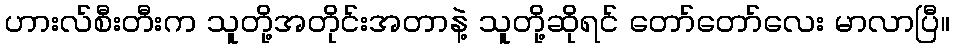
ဟားလ်စီးတီးက သူတို့အတိုင်းအတာနဲ့ သူတို့ဆိုရင် တော်တော်လေး မာလာပြီ။